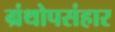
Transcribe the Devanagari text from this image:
ग्रंथोपसंहार